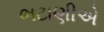
ભટાણીએ